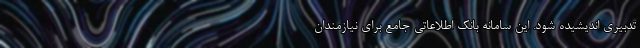
تدبیری اندیشیده شود. این سامانه بانک اطلاعاتی جامع برای نیازمندان